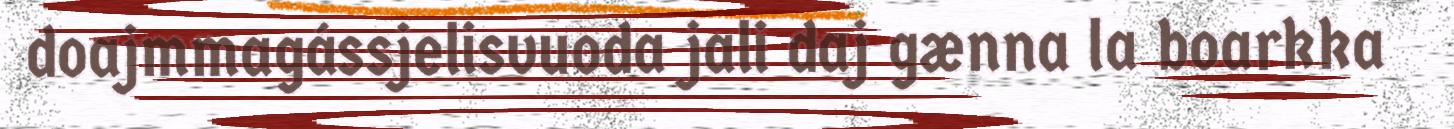
doajmmagássjelisvuoda jali daj gænna la boarkka